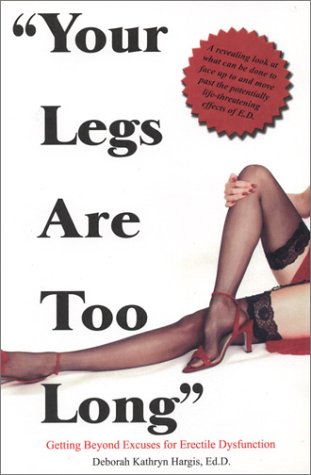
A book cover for "Your Legs Are Too Long": Getting Beyond Excuses for Erectile Dysfunction; Deborah Kathryn Hargis; Health, Fitness & Dieting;